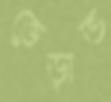
ভেড়াত